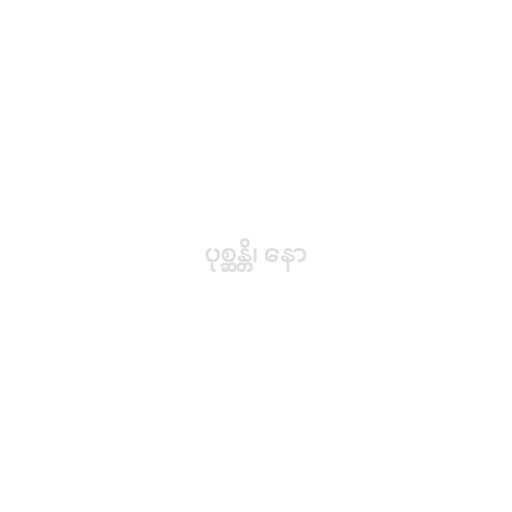
ပုစ္ဆန္တိ၊ နော